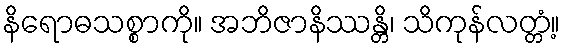
နိရောဓသစ္စာကို။ အဘိဇာနိဿန္တိ၊ သိကုန်လတ္တံ့။